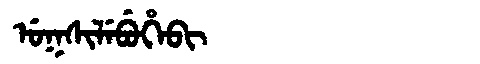
Manchu: ᡠᡴᠰᡳᠯᡝᠪᡠᡥᡝᠪᡳ
Romanization: UKSILEBUHEBI